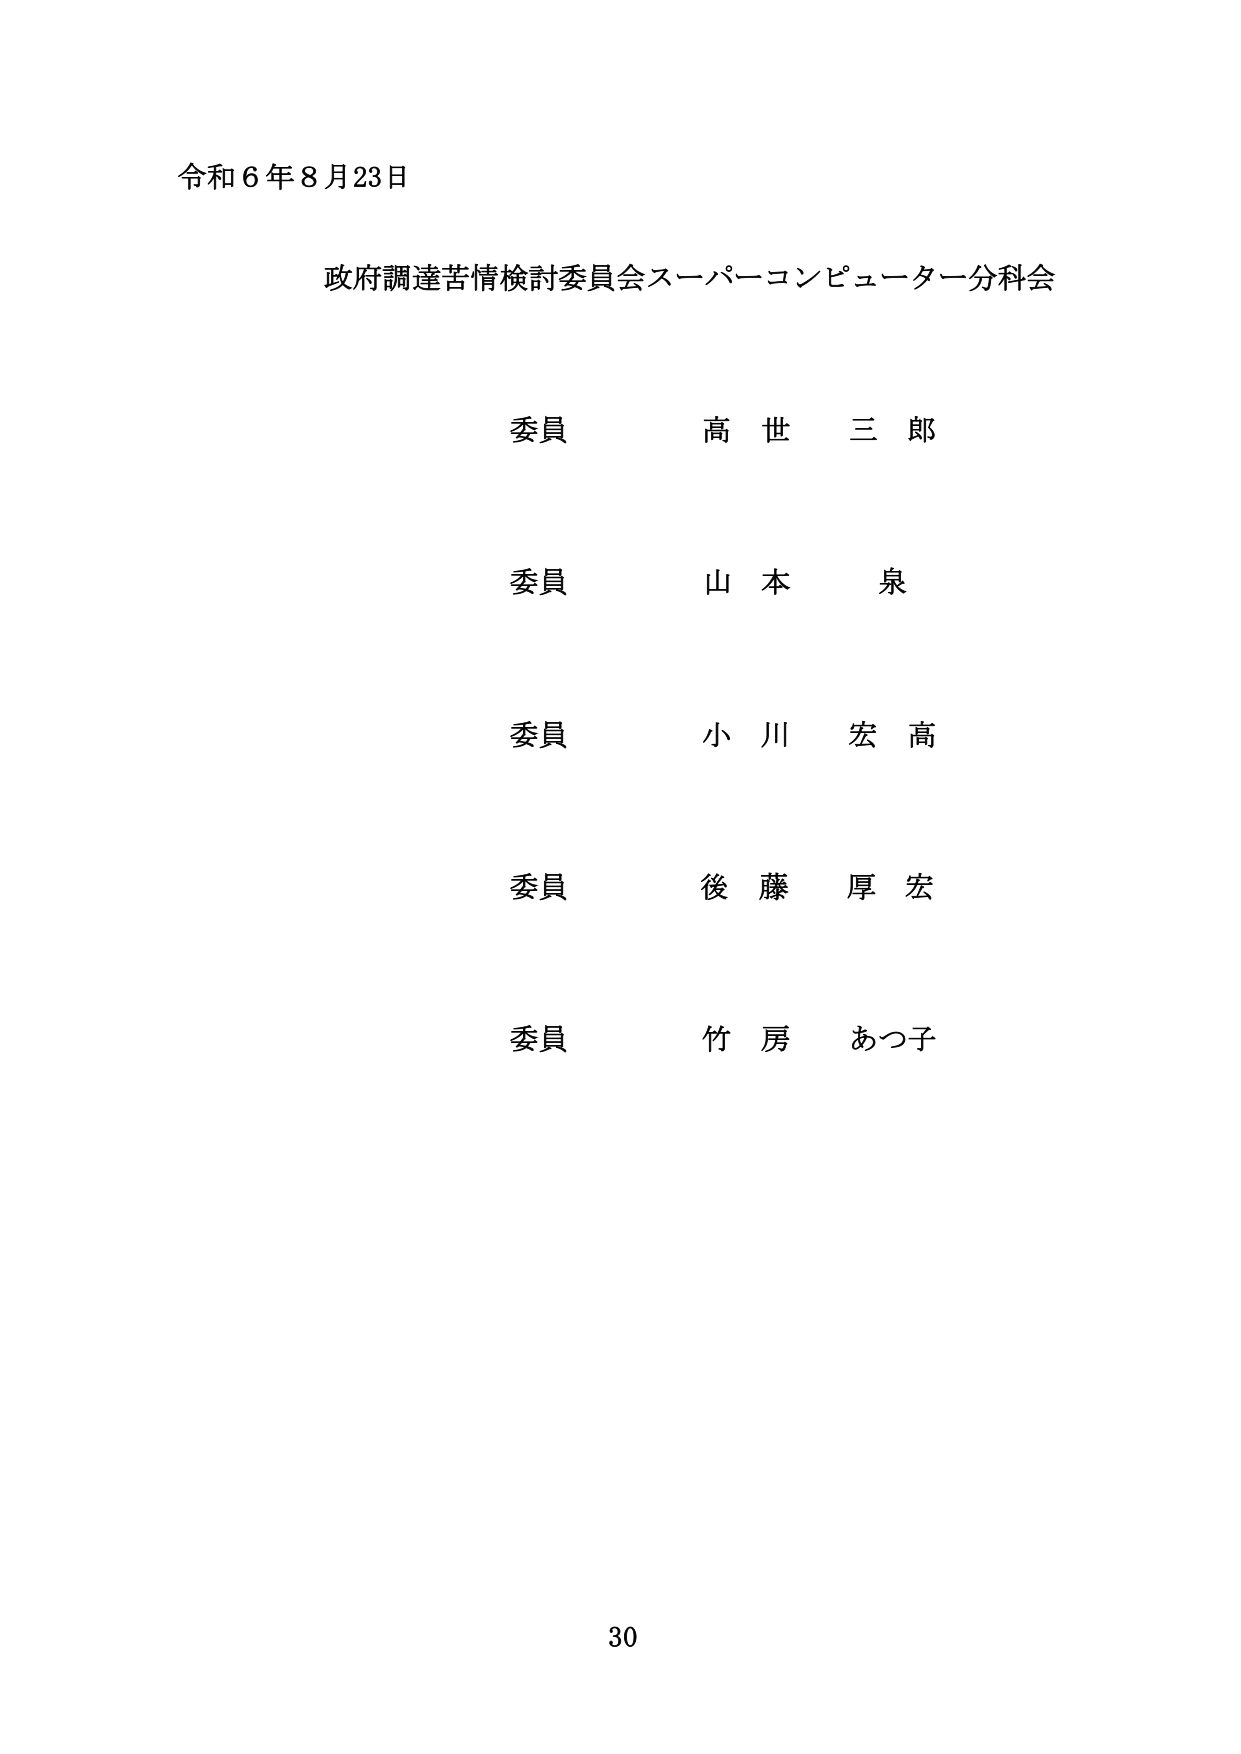
令和６年８月23日

政府調達苦情検討委員会スーパーコンピューター分科会

委員　高世三郎

委員　山本泉

委員　小川宏高

委員　後藤厚宏

委員　竹房あつ子

30